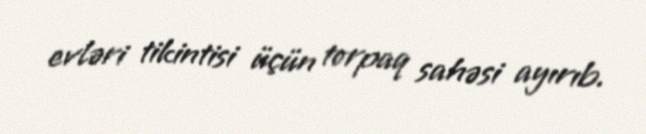
evləri tikintisi üçün torpaq sahəsi ayırıb.